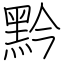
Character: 黔